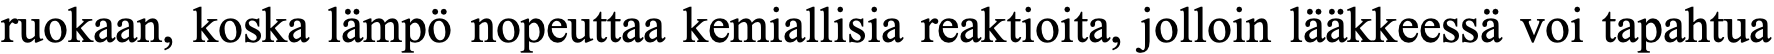
ruokaan, koska lämpö nopeuttaa kemiallisia reaktioita, jolloin lääkkeessä voi tapahtua